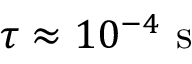
\tau \approx 1 0 ^ { - 4 } \mathrm { ~ s ~ }